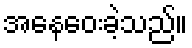
အနေဝေးခဲ့သည်။